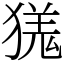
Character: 獇